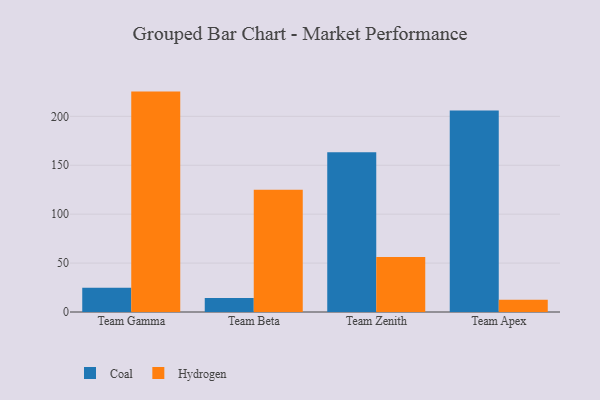
{"axis": {"x": "Team", "y": "Tickets Resolved"}, "legend": ["Coal", "Hydrogen"], "data": [{"x": "Team Gamma", "y": 24.7, "type": "Coal"}, {"x": "Team Gamma", "y": 225.3, "type": "Hydrogen"}, {"x": "Team Beta", "y": 14.3, "type": "Coal"}, {"x": "Team Beta", "y": 124.9, "type": "Hydrogen"}, {"x": "Team Zenith", "y": 163.2, "type": "Coal"}, {"x": "Team Zenith", "y": 56.1, "type": "Hydrogen"}, {"x": "Team Apex", "y": 206.0, "type": "Coal"}, {"x": "Team Apex", "y": 12.6, "type": "Hydrogen"}]}